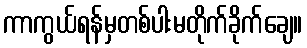
ကာကွယ်ရန်မှတစ်ပါးမတိုက်ခိုက်ချေ။